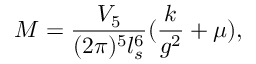
M = { \frac { V _ { 5 } } { ( 2 \pi ) ^ { 5 } l _ { s } ^ { 6 } } } ( { \frac { k } { g ^ { 2 } } } + \mu ) ,